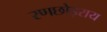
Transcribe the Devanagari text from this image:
रणछोड़राय